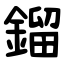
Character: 鎦